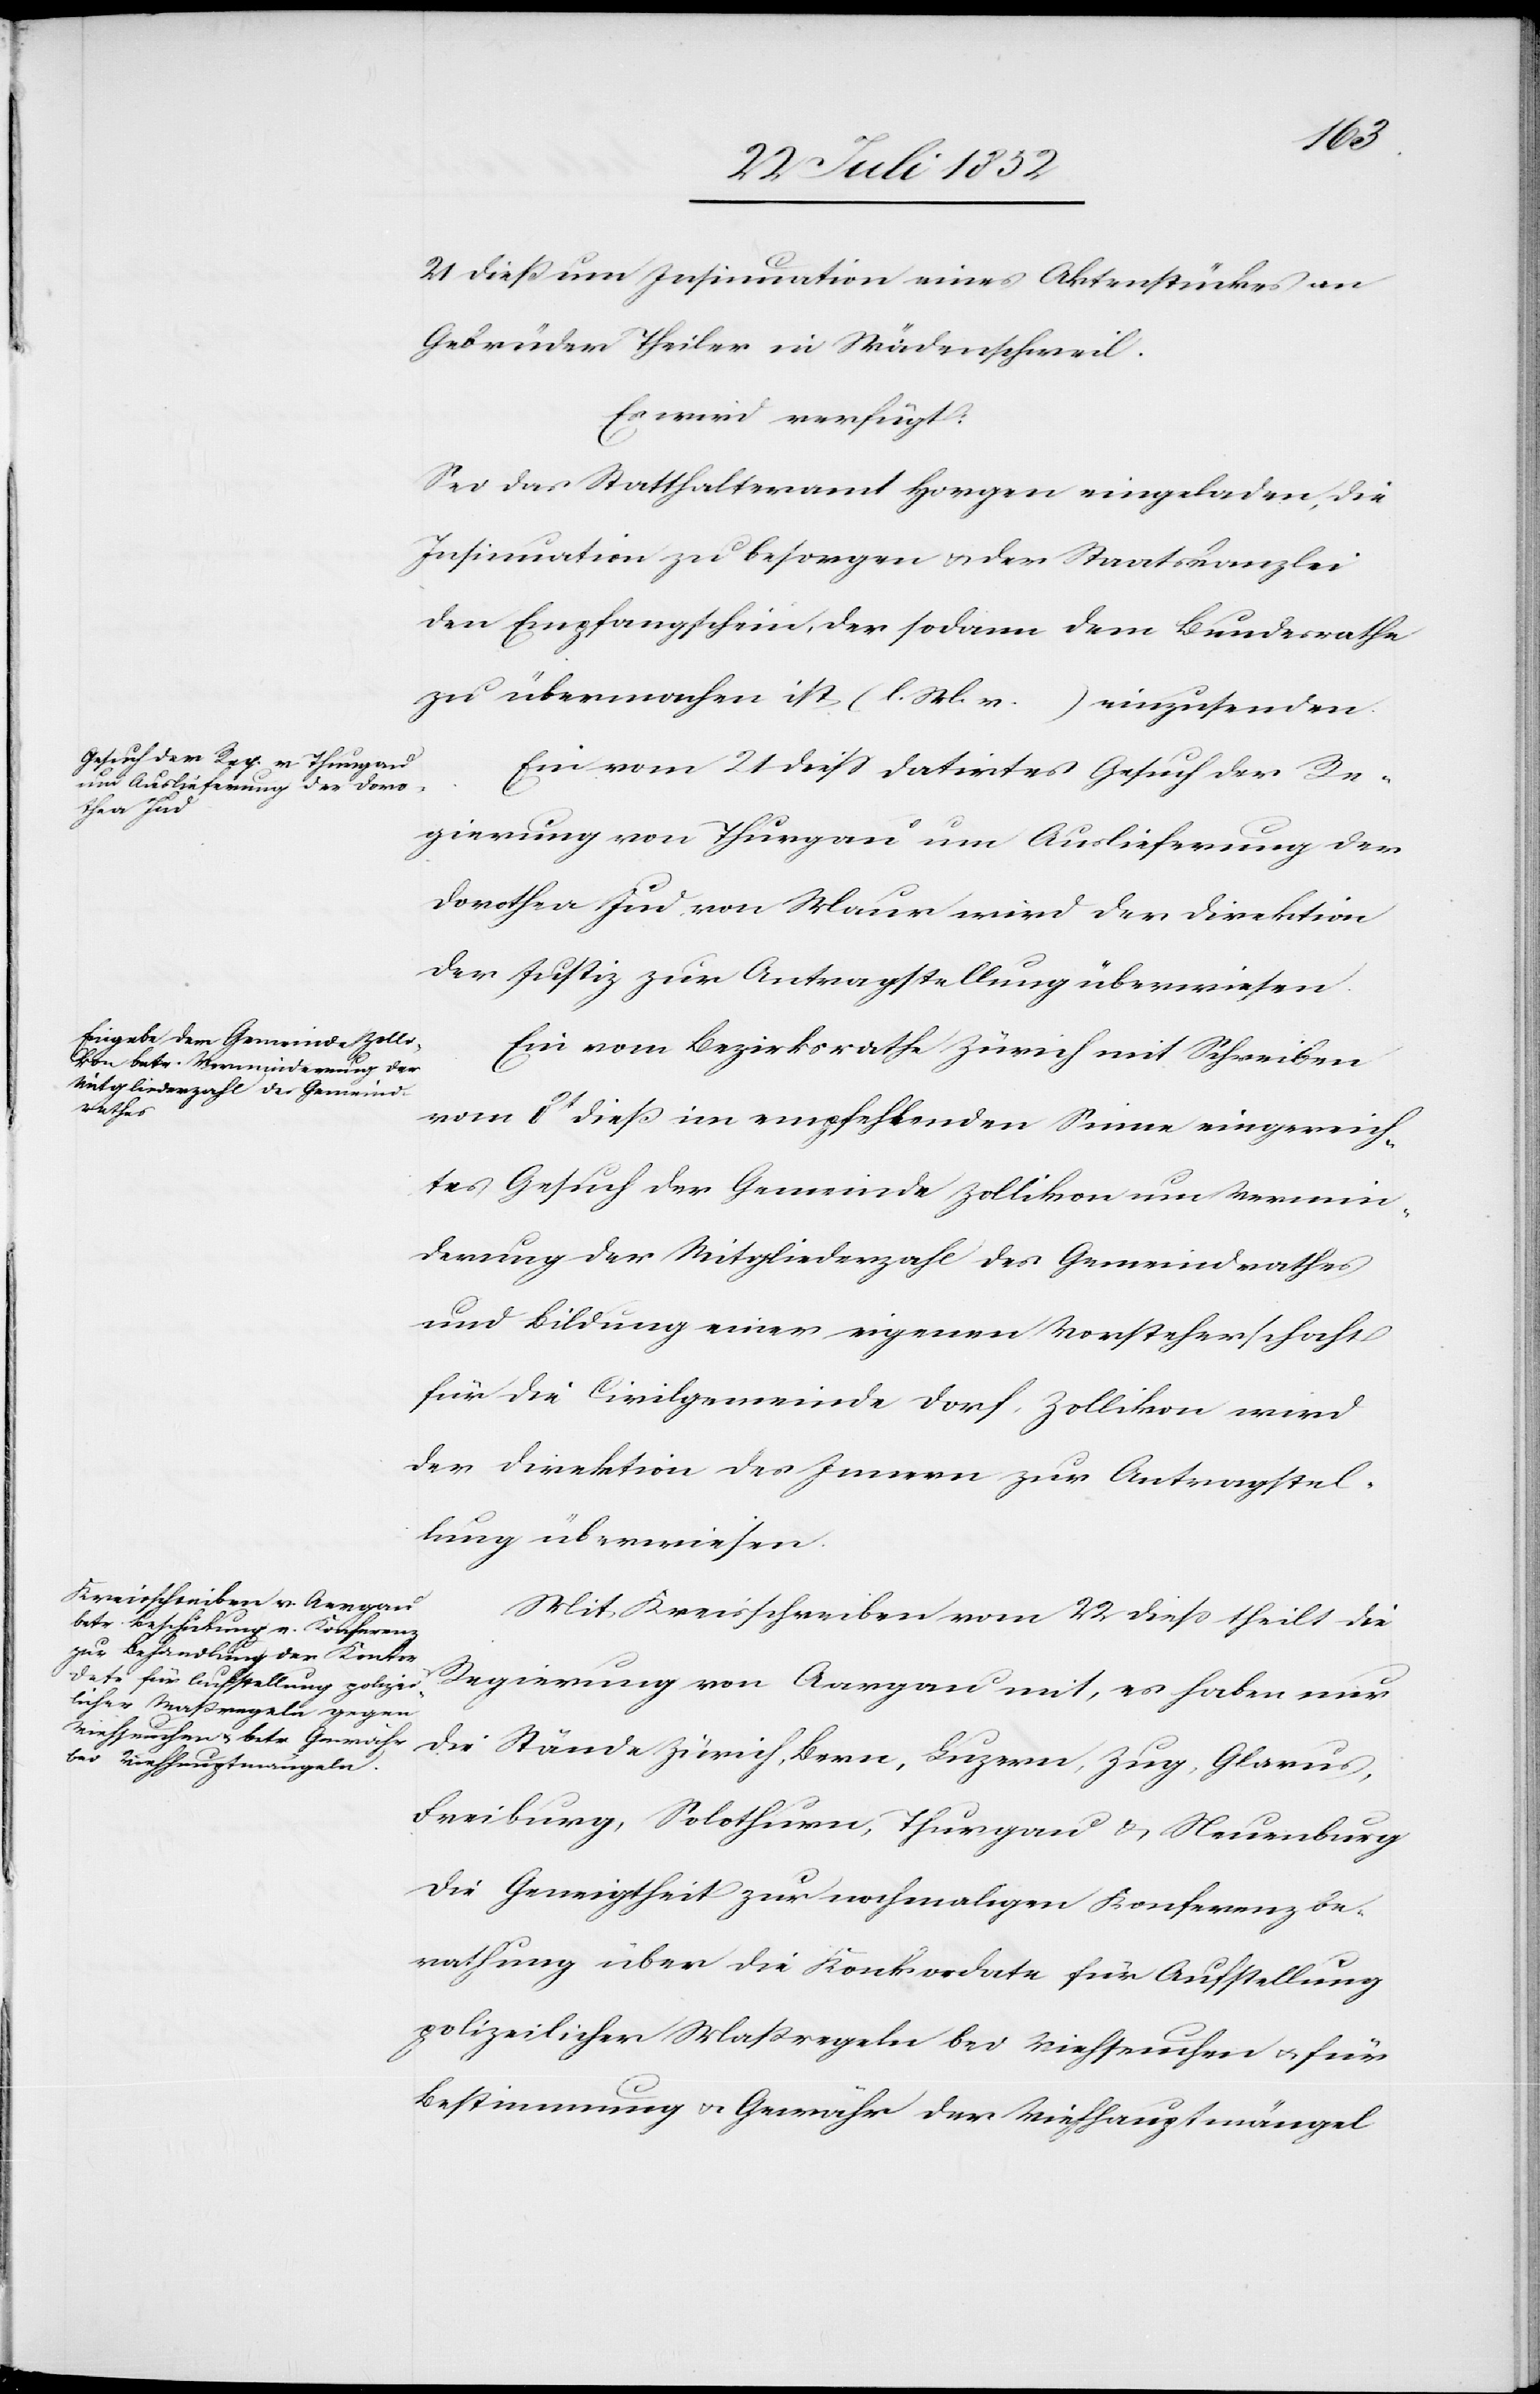
24. Juli 1852.]
21 dieß um Insinuation eines Aktenstückes an
Gebrüder Theiler in Wädenschweil.
Es wird verfügt:
Sei das Statthalteramt Horgen eingeladen, die
Insinuation zu besorgen & der Staatskanzlei
den Empfangschein, der sodann dem Bundesrathe
zu übermachen ist (l. M. v. …) einzusenden.
Ein vom 21 diess datirtes Gesuch der Re¬
gierung von Thurgau um Auslieferung der
Dorothea Jud von Maur wird der Direktion
der Justiz zur Antragstellung überwiesen.
Ein vom Bezirksrathe Zürich mit Schreiben
vom 8t dieß im empfehlenden Sinne eingereich¬
tes Gesuch der Gemeinde Zollikon um Vermin¬
derung der Mitgliederzahl des Gemeindrathes
und Bildung einer eigenen Vorsteherschaft
für die Civilgemeinde Dorf, Zollikon wird
der Direktion des Innern zur Antragstel¬
lung überwiesen.
Mit Kreisschreiben vom 22 diess theilt die
Regierung von Aargau mit, es haben nur
Freiburg, Solothurn, Thurgau & Neuenburg
die Geneigtheit zur nochmaligen Konferenzbe¬
rathung über die Konkordate für Aufstellung
polizeilicher Maßregeln bei Viehseuchen & für
Bestimmung & Gewähr der Viehhauptmängel